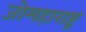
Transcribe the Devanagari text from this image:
जोमहाराष्ट्र